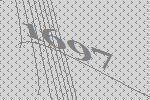
1697